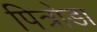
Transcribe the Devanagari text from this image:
पित्रोडा